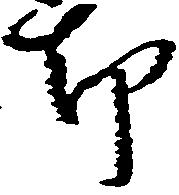
却